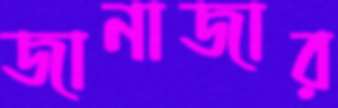
জানাজার